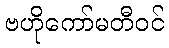
ဗဟိုကော်မတီဝင်